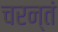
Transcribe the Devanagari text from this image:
चरन्तं